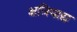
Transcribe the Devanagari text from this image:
क्षत्रियाद्य